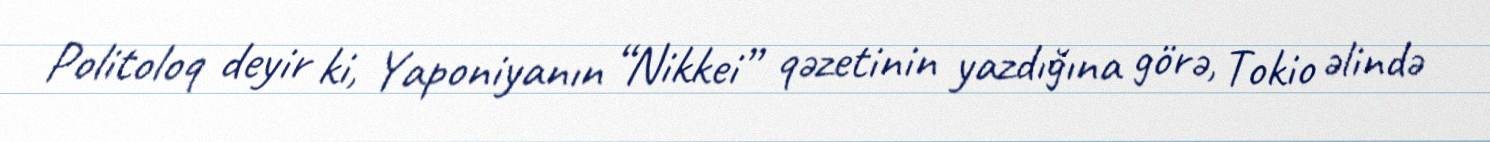
Politoloq deyir ki, Yaponiyanın “Nikkei” qəzetinin yazdığına görə, Tokio əlində